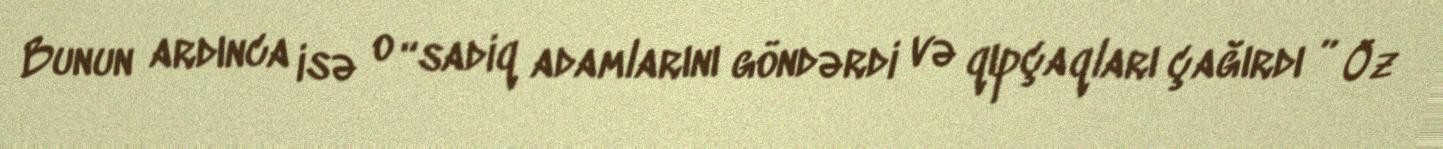
Bunun ardınca isə o “sadiq adamlarını göndərdi və qıpçaqları çağırdı ” Öz